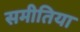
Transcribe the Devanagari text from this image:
समीतिया